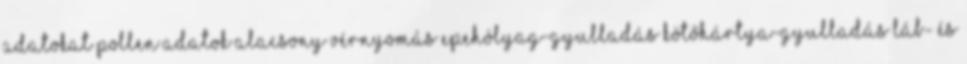
adatokat Pollen adatok Alacsony vérnyomás Epehólyag-gyulladás Kötőhártya-gyulladás Láb- és